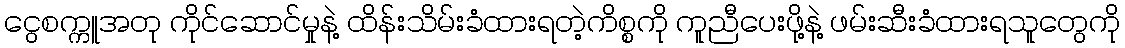
ငွေစက္ကူအတု ကိုင်ဆောင်မှုနဲ့ ထိန်းသိမ်းခံထားရတဲ့ကိစ္စကို ကူညီပေးဖို့နဲ့ ဖမ်းဆီးခံထားရသူတွေကို